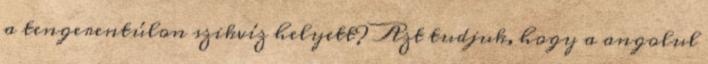
a tengerentúlon szikvíz helyett? Azt tudjuk, hogy a angolul